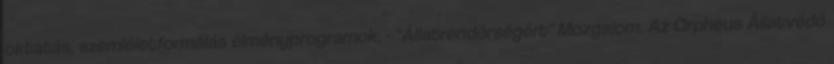
oktatás, szemléletformálás élményprogramok, - "Állatrendõrségért" Mozgalom. Az Orpheus Állatvédő